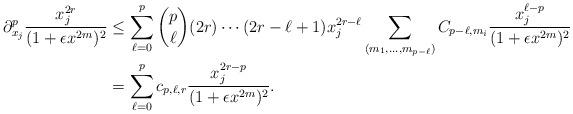
LaTeX: \begin{align*}\partial_{x_j}^p\frac{x_j^{2r}}{(1+\epsilon x^{2m})^2}&\leq\sum_{\ell=0}^p \binom{p}{\ell}(2r)\cdots(2r-\ell+1)x_j^{2r-\ell}\sum_{(m_1,\dots,m_{p-\ell})} C_{p-\ell,m_i}\frac{x_j^{\ell-p}}{(1+\epsilon x^{2m})^2}\\&= \sum_{\ell=0}^p c_{p,\ell,r}\frac{x_j^{2r-p}}{(1+\epsilon x^{2m})^2}.\end{align*}